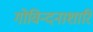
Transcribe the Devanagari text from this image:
गोविन्दनाशारि